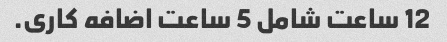
12 ساعت شامل 5 ساعت اضافه کاری.